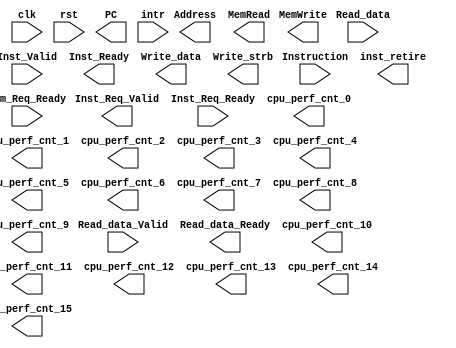
module custom_cpu(
	input         clk,
	input         rst,

	//Instruction request channel
	output [31:0] PC,
	output        Inst_Req_Valid,
	input         Inst_Req_Ready,

	//Instruction response channel
	input  [31:0] Instruction,
	input         Inst_Valid,
	output        Inst_Ready,

	//Memory request channel
	output [31:0] Address,
	output        MemWrite,
	output [31:0] Write_data,
	output [ 3:0] Write_strb,
	output        MemRead,
	input         Mem_Req_Ready,

	//Memory data response channel
	input  [31:0] Read_data,
	input         Read_data_Valid,
	output        Read_data_Ready,

	input         intr,

	output [31:0] cpu_perf_cnt_0,
	output [31:0] cpu_perf_cnt_1,
	output [31:0] cpu_perf_cnt_2,
	output [31:0] cpu_perf_cnt_3,
	output [31:0] cpu_perf_cnt_4,
	output [31:0] cpu_perf_cnt_5,
	output [31:0] cpu_perf_cnt_6,
	output [31:0] cpu_perf_cnt_7,
	output [31:0] cpu_perf_cnt_8,
	output [31:0] cpu_perf_cnt_9,
	output [31:0] cpu_perf_cnt_10,
	output [31:0] cpu_perf_cnt_11,
	output [31:0] cpu_perf_cnt_12,
	output [31:0] cpu_perf_cnt_13,
	output [31:0] cpu_perf_cnt_14,
	output [31:0] cpu_perf_cnt_15,

	output [69:0] inst_retire
);

/* The following signal is leveraged for behavioral simulation, 
* which is delivered to testbench.
*
* STUDENTS MUST CONTROL LOGICAL BEHAVIORS of THIS SIGNAL.
*
* inst_retired (70-bit): detailed information of the retired instruction,
* mainly including (in order) 
* { 
*   reg_file write-back enable  (69:69,  1-bit),
*   reg_file write-back address (68:64,  5-bit), 
*   reg_file write-back data    (63:32, 32-bit),  
*   retired PC                  (31: 0, 32-bit)
* }
*
*/
  wire [69:0] inst_retire;

// TODO: Please add your custom CPU code here

endmodule